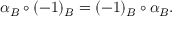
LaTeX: \alpha _ { B } \circ ( - 1 ) _ { B } = ( - 1 ) _ { B } \circ \alpha _ { B } .